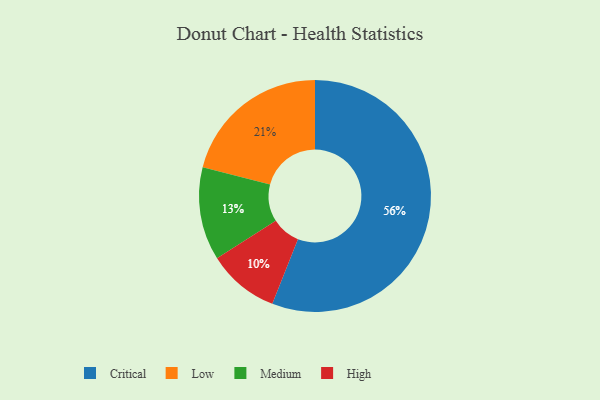
{"axis": {"x": "Category", "y": "Percentage"}, "legend": ["Critical", "High", "Low", "Medium"], "data": [{"x": "Low", "y": 21, "type": "Low"}, {"x": "Medium", "y": 13, "type": "Medium"}, {"x": "Critical", "y": 56, "type": "Critical"}, {"x": "High", "y": 10, "type": "High"}]}